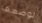
لوضعها